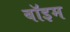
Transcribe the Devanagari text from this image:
बॉइम